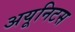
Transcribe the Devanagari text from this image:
अयूनिटस